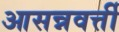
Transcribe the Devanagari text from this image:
आसन्नवर्त्ती